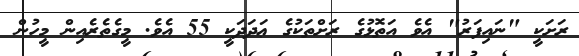
ރަށަކީ "ނައިފަރު" އެވެ އަތޮޅުގެ ރަށްތަކުގެ ޢަދަދަކީ 55 އެވެ. މީގެތެރެއިން މީހުން